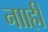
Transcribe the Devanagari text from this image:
नााही